Note on the mental hospitals in Burma - 1925-1940
Year: 1925
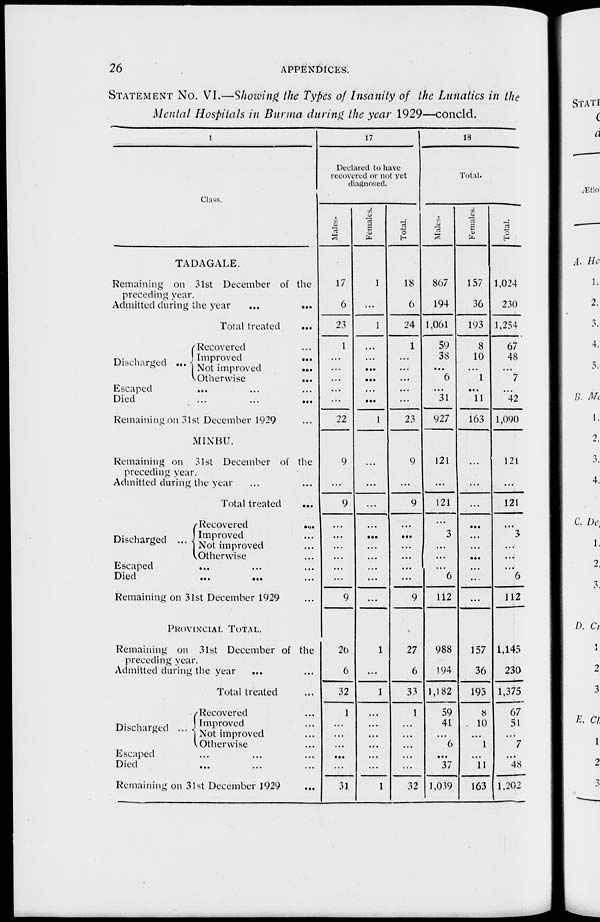
26
APPENDICES.
STATEMENT No. VI.—Showing the Types of Insanity of the Lunatics in the
Mental Hospitals in Burma during the year 1929—concld.
1
Class.
TADAGALE.
Remaining on 31st December of the
preceding year.
Admitted during the year
...
...
Total treated
...
Discharged ...
Recovered ...
Improved
...
Not improved
...
Otherwise ...
Escaped ... ... ...
Died ... ... ...
Remaining on 31st December 1929 ...
MINBU.
Remaining on 31st December of the
preceding year.
Admitted during the year ... ...
Total treated
...
Discharged ...
Recovered
...
Improved ...
Not improved ...
Otherwise ...
Escaped ... ... ...
Died
...
... ...
Remaining on 31st December 1929 ...
PROVINCIAL TOTAL.
Remaining on 31st December of the
preceding year.
Admitted during the year ... ...
Total treated ... ...
Discharged ...
Recovered ...
Improved ...
Not improved ...
Otherwise ...
Escaped ... ... ...
Died ... ... ...
Remaining on 31st December 1929 ...
17
Declared to have
recovered or not yet
diagnosed.
Males.
17
6
23
1
...
...
...
...
...
22
9
...
9
...
...
...
...
...
...
9
20
6
32
1
...
...
...
...
...
31
Females.
1
...
1
...
...
...
...
...
...
1
...
...
...
...
...
...
...
...
...
...
1
...
1
...
...
...
...
...
...
1
Total.
18
6
24
1
...
...
...
...
...
23
9
...
9
...
...
...
...
...
...
9
27
6
33
1
...
...
...
...
...
32
18
Total.
Males.
867
194
1,061
59
38
...
6
...
31
927
121
...
121
...
3
...
...
...
6
112
988
194
1,182
59
41
...
6
...
37
1,039
Females.
157
36
193
8
10
...
1
...
11
163
...
...
...
...
...
...
...
...
...
...
157
36
193
8
10
...
1
...
11
163
Total.
1,024
230
1,254
67
48
...
7
...
42
1,090
121
...
121
...
3
...
...
...
6
112
1,145
230
1,375
67
51
...
7
...
48
1,202